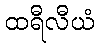
ထရီလီယံ